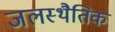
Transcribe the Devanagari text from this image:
जलस्थैतिक